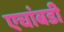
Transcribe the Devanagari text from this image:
एचांबडी